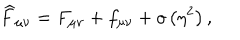
\widehat { F } _ { \mu \nu } = F _ { \mu \nu } + f _ { \mu \nu } + o \left( \eta ^ { 2 } \right) ,